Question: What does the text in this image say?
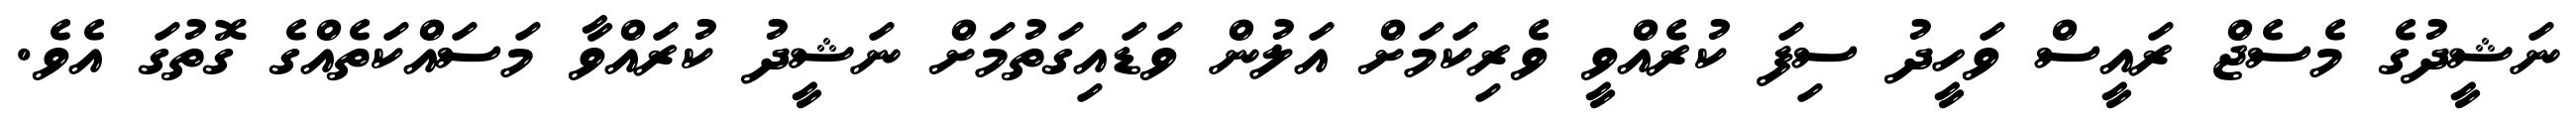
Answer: ނަޝީދުގެ މެސެޖް ރައީސް ވަހީދު ސިފަ ކުރެއްވީ ވެރިކަމަށް އަލުން ވަޑައިގަތުމަށް ނަޝީދު ކުރައްވާ މަސައްކަތެއްގެ ގޮތުގަ އެވެ.